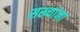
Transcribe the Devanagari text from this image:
सख्यांना